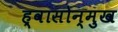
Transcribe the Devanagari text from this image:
ह्वासोन्मुख